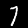
Label: 7